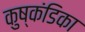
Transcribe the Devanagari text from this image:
कुष्कंडिका